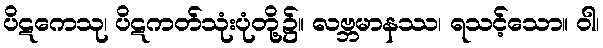
ပိဋကေသု၊ ပိဋကတ်သုံးပုံတို့၌။ လဗ္ဘမာနဿ၊ ရသင့်သော။ ဝါ၊